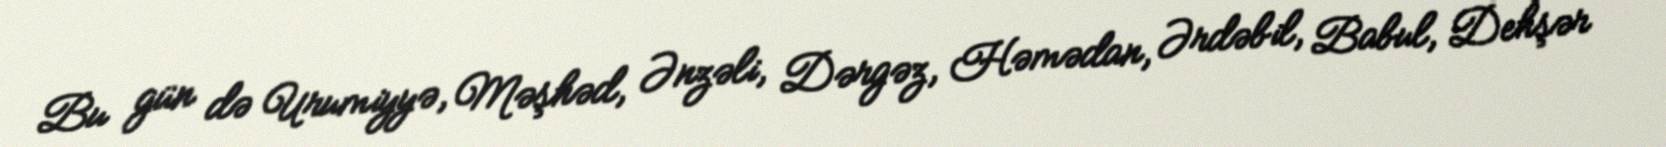
Bu gün də Urumiyyə, Məşhəd, Ənzəli, Dərgəz, Həmədan, Ərdəbil, Babul, Dehşər